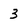
Character: 3